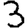
Digit: 3